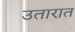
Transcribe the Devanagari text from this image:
उतारात